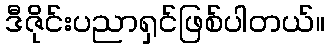
ဒီဇိုင်းပညာရှင်ဖြစ်ပါတယ်။